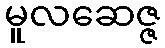
မူလဆေဇ္ဇ